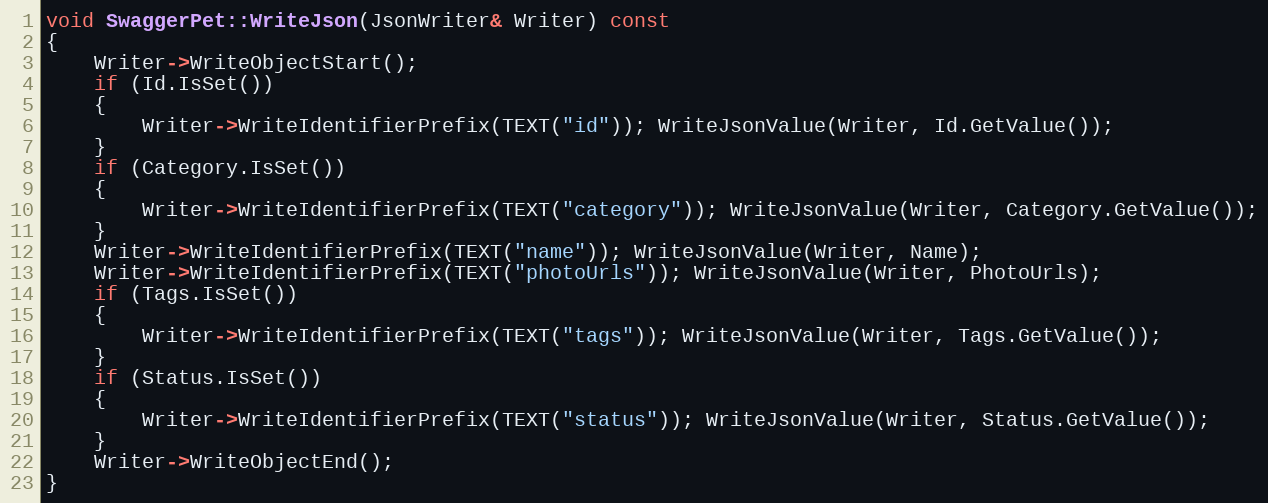
Language: C++
void SwaggerPet::WriteJson(JsonWriter& Writer) const
{
	Writer->WriteObjectStart();
	if (Id.IsSet())
	{
		Writer->WriteIdentifierPrefix(TEXT("id")); WriteJsonValue(Writer, Id.GetValue());
	}
	if (Category.IsSet())
	{
		Writer->WriteIdentifierPrefix(TEXT("category")); WriteJsonValue(Writer, Category.GetValue());
	}
	Writer->WriteIdentifierPrefix(TEXT("name")); WriteJsonValue(Writer, Name);
	Writer->WriteIdentifierPrefix(TEXT("photoUrls")); WriteJsonValue(Writer, PhotoUrls);
	if (Tags.IsSet())
	{
		Writer->WriteIdentifierPrefix(TEXT("tags")); WriteJsonValue(Writer, Tags.GetValue());
	}
	if (Status.IsSet())
	{
		Writer->WriteIdentifierPrefix(TEXT("status")); WriteJsonValue(Writer, Status.GetValue());
	}
	Writer->WriteObjectEnd();
}